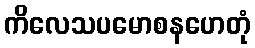
ကိလေသပမောစနဟေတုံ